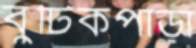
বুটিকপাড়া